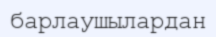
барлаушылардан